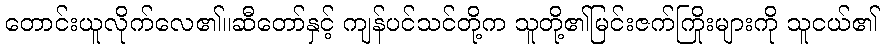
တောင်းယူလိုက်လေ၏။ဆီတော်နှင့် ကျန်ပင်သင်တို့က သူတို့၏မြင်းဇက်ကြိုးများကို သူငယ်၏